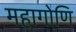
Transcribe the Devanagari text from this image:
महागोणि